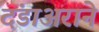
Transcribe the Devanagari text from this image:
दंडाअराने